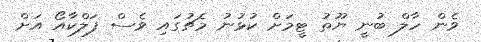
ވެން ހާލް ބުނީ ޔޫތު ޓީމަށް ކުޅުނު މެޗުގައި ވެސް ފަލްކާއޯ އަށް